Lunatic asylums in Bengal annual reports 1888-1898 - 1888-1898
Year: 1888
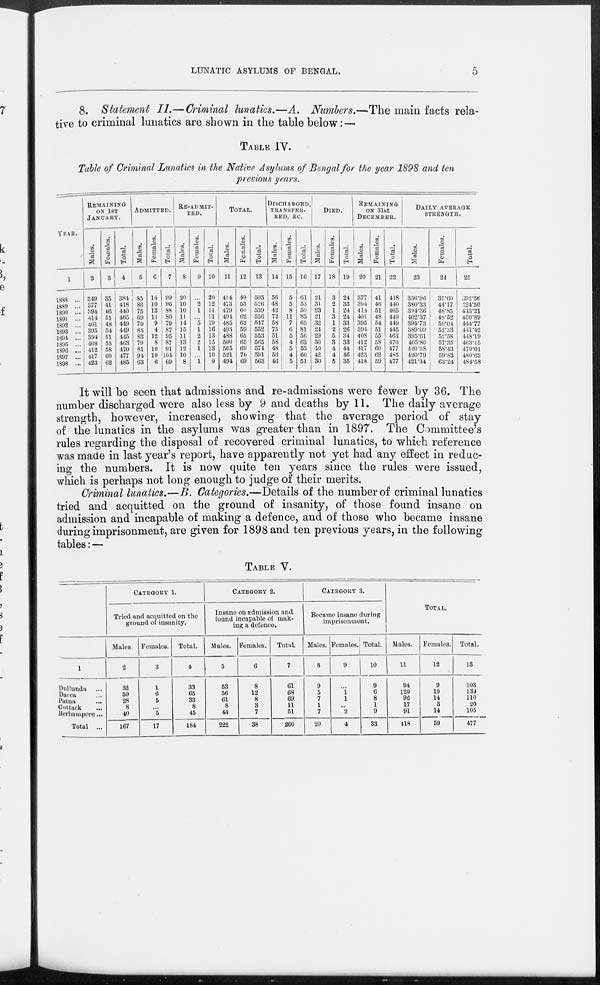
LUNATIC ASYLUMS OF BENGAL.
5
8. Statement II.—Criminal lunatics.—A. Numbers.—The main facts rela-
tive to criminal lunatics are shown in the table below: —
TABLE IV.
Table of Criminal Lunatics in the Native Asylums of Bengal for the year 1898 and ten
previous years.
YEAR.
1
1888 ...
1889 ...
1890 ...
1891 ...
1892 ...
1893 ...
1894 ...
1895 ...
1896 ...
1897 ...
1898 ...
REMAINING
ON 1ST
JANUARY.
Males.
2
349
377
394
414
401
395
394
408
412
417
423
Females.
3
35
41
46
51
48
54
51
55
58
60
62
Total.
4
384
418
440
465
449
449
445
463
470
477
485
ADMITTED.
Males.
5
85
86
75
69
70
83
83
79
81
94
63
Females.
6
14
10
13
11
9
4
12
8
10
10
6
Total.
7
99
96
88
80
79
87
95
87
91
104
69
RE-ADMIT-
TED.
Males.
8
20
10
10
11
14
15
11
13
12
10
8
Females.
9
...
2
1
... 5
1
2
2
1
...
1
Total.
10
20
12
11
11
19
16
13
15
13
10
9
TOTAL.
Males.
11
454
473
479
494
485
493
488
500
505
521
494
Females.
12
49
53
60
62
62
59
65
65
69
70
69
Total.
13
503
526
539
556
547
552
553
565
574
591
563
DISCHARGED,
TRANSFER-
RED, &C.
Males.
14
56
48
42
72
58
75
51
58
48
56
46
Females.
15
5
5
8
11
7
6
5
4
5
4
5
Total.
16
61
53
50
83
65
81
56
62
53
60
51
DIED.
Males.
17
21
31
23
21
32
24
29
30
40
42
30
Females.
18
3
2
1
3
1
2
5
3
4
4
5
Total.
19
24
33
24
24
33
26
34
33
44
46
35
REMAINING
ON 31st
DECEMBER.
Males.
20
377
394
414
401
395
394
408
412
417
423
418
Females.
21
41
46
51
48
54
51
55
58
60
62
59
Total.
22
418
440
465
449
449
445
463
470
477
485
477
DAILY AVERAGE
STRENGTH.
Males.
23
356.96
380.33
394.36
402.37
394.73
389.09
395.61
405.80
420.58
420.79
421.34
Females.
24
35.60
44.17
48.85
48.52
50.04
52.33
52.58
57.35
58.43
59.83
63.24
Total.
25
392.56
424.50
443.21
450.89
444.77
441.42
448.19
463.15
479.01
480.62
484.58
It will be seen that admissions and re-admissions were fewer by 36. The
number discharged were also less by 9 and deaths by 11. The daily average
strength, however, increased, showing that the average period of stay
of the lunatics in the asylums was greater than in 1897. The Committee's
rules regarding the disposal of recovered criminal lunatics, to which reference
was made in last year's report, have apparently not yet had any effect in reduc-
ing the numbers. It is now quite ten years since the rules were issued,
which is perhaps not long enough to judge of their merits.
Criminal lunatics.—B. Categories.—Details of the number of criminal lunatics
tried and acquitted on the ground of insanity, of those found insane on
admission and incapable of making a defence, and of those who became insane
during imprisonment, are given for 1898 and ten previous years, in the following
tables: —
TABLE V.
1
Dullunda ...
Dacca ...
Patna
...
Cuttack
...
Berhampore...
Total ...
CATEGORY 1.
Tried and acquitted on the
ground of insanity.
Males.
2
32
59
28
8
40
167
Females.
3
1
6
5
... 5
17
Total.
4
33
65
33
8
45
184
CATEGORY 2.
Insane on admission and
found incapable of mak-
ing a defence.
Males.
5
53
56
61
8
44
222
Females.
6
8
12
8
3
7
38
Total.
7
61
68
69
11
51
260
CATEGORY 3.
Became insane during
imprisonment.
Males.
8
9
5
7
1
7
29
Females.
9
...
1 1
...
2
4
Total.
10
9
6
8
1
9
33
TOTAL.
Males.
11
94
120
96
17
91
418
Females.
12
9
19
14
3
14
59
Total.
13
103
139
110
20
105
477